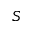
S